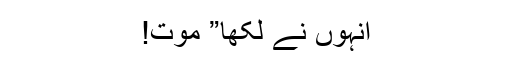
انہوں نے لکھا” موت!